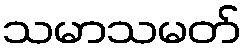
သမာသမတ်